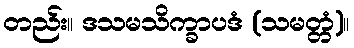
တည်း။ ဒသမသိက္ခာပဒံ (သမတ္တံ)။